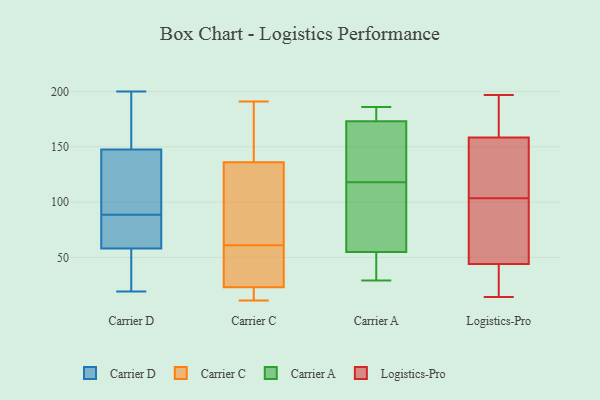
{"axis": {"x": "Budget (USD K)", "y": "Value"}, "legend": ["Carrier A", "Carrier C", "Carrier D", "Logistics-Pro"], "data": [{"x": "", "y": 200, "type": "Carrier D"}, {"x": "", "y": 78, "type": "Carrier D"}, {"x": "", "y": 83, "type": "Carrier D"}, {"x": "", "y": 180, "type": "Carrier D"}, {"x": "", "y": 69, "type": "Carrier D"}, {"x": "", "y": 133, "type": "Carrier D"}, {"x": "", "y": 47, "type": "Carrier D"}, {"x": "", "y": 184, "type": "Carrier D"}, {"x": "", "y": 162, "type": "Carrier D"}, {"x": "", "y": 198, "type": "Carrier D"}, {"x": "", "y": 22, "type": "Carrier D"}, {"x": "", "y": 20, "type": "Carrier D"}, {"x": "", "y": 94, "type": "Carrier D"}, {"x": "", "y": 132, "type": "Carrier D"}, {"x": "", "y": 108, "type": "Carrier D"}, {"x": "", "y": 132, "type": "Carrier D"}, {"x": "", "y": 27, "type": "Carrier D"}, {"x": "", "y": 70, "type": "Carrier D"}, {"x": "", "y": 19, "type": "Carrier D"}, {"x": "", "y": 81, "type": "Carrier D"}, {"x": "", "y": 191, "type": "Carrier C"}, {"x": "", "y": 23, "type": "Carrier C"}, {"x": "", "y": 21, "type": "Carrier C"}, {"x": "", "y": 156, "type": "Carrier C"}, {"x": "", "y": 136, "type": "Carrier C"}, {"x": "", "y": 73, "type": "Carrier C"}, {"x": "", "y": 35, "type": "Carrier C"}, {"x": "", "y": 116, "type": "Carrier C"}, {"x": "", "y": 49, "type": "Carrier C"}, {"x": "", "y": 11, "type": "Carrier C"}, {"x": "", "y": 180, "type": "Carrier A"}, {"x": "", "y": 162, "type": "Carrier A"}, {"x": "", "y": 49, "type": "Carrier A"}, {"x": "", "y": 171, "type": "Carrier A"}, {"x": "", "y": 186, "type": "Carrier A"}, {"x": "", "y": 157, "type": "Carrier A"}, {"x": "", "y": 29, "type": "Carrier A"}, {"x": "", "y": 61, "type": "Carrier A"}, {"x": "", "y": 46, "type": "Carrier A"}, {"x": "", "y": 174, "type": "Carrier A"}, {"x": "", "y": 118, "type": "Carrier A"}, {"x": "", "y": 183, "type": "Carrier A"}, {"x": "", "y": 57, "type": "Carrier A"}, {"x": "", "y": 74, "type": "Carrier A"}, {"x": "", "y": 54, "type": "Carrier A"}, {"x": "", "y": 97, "type": "Logistics-Pro"}, {"x": "", "y": 194, "type": "Logistics-Pro"}, {"x": "", "y": 111, "type": "Logistics-Pro"}, {"x": "", "y": 39, "type": "Logistics-Pro"}, {"x": "", "y": 189, "type": "Logistics-Pro"}, {"x": "", "y": 17, "type": "Logistics-Pro"}, {"x": "", "y": 57, "type": "Logistics-Pro"}, {"x": "", "y": 176, "type": "Logistics-Pro"}, {"x": "", "y": 134, "type": "Logistics-Pro"}, {"x": "", "y": 110, "type": "Logistics-Pro"}, {"x": "", "y": 14, "type": "Logistics-Pro"}, {"x": "", "y": 78, "type": "Logistics-Pro"}, {"x": "", "y": 197, "type": "Logistics-Pro"}, {"x": "", "y": 49, "type": "Logistics-Pro"}, {"x": "", "y": 125, "type": "Logistics-Pro"}, {"x": "", "y": 34, "type": "Logistics-Pro"}, {"x": "", "y": 95, "type": "Logistics-Pro"}, {"x": "", "y": 22, "type": "Logistics-Pro"}, {"x": "", "y": 141, "type": "Logistics-Pro"}, {"x": "", "y": 185, "type": "Logistics-Pro"}]}